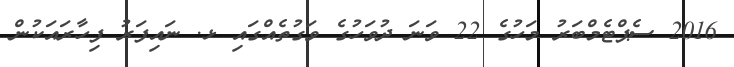
2016 ސެޕްޓެމްބަރު މަހުގެ 22 ވަނަ ދުވަހުގެ ވަގުތެއްގައި ޅ. ނައިފަރު ފިހާރައަކުން